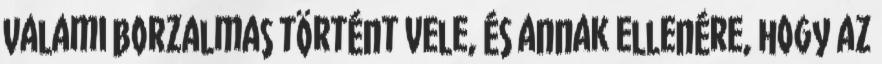
Valami borzalmas történt vele, és annak ellenére, hogy az